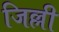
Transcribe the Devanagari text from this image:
जिल्ली